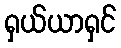
ရှယ်ယာရှင်